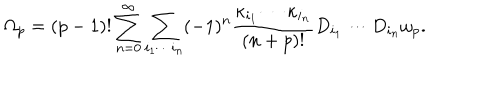
\Omega _ { p } = ( p - 1 ) ! \sum _ { n = 0 } ^ { \infty } \sum _ { i _ { 1 } \cdots i _ { n } } ( - 1 ) ^ { n } { \frac { \kappa _ { i _ { 1 } } \cdots \kappa _ { i _ { n } } } { ( n + p ) ! } } D _ { i _ { 1 } } \cdots D _ { i _ { n } } \omega _ { p } .